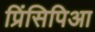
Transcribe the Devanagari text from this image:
प्रिंसिपिआ